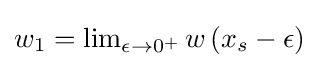
{\textstyle w_{1}=\lim _{\epsilon \to 0^{+}}w\left(x_{s}-\epsilon \right)}